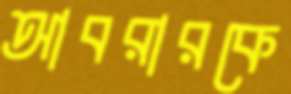
আবরারকে